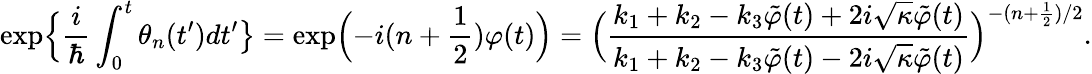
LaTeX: \exp\Bigl\{ \frac{i}{\hbar}\int_{0}^{t}\theta_{n}(t^{\prime})dt^{\prime}\bigr\} =\exp\Bigl(-i(n+\frac{1}{2})\varphi(t)\Bigr)=\Bigl(\frac{k_{1}+k_{2}-k_{3}\tilde{\varphi}(t)+2i\sqrt{\kappa}\tilde{\varphi}(t)}{k_{1}+k_{2}-k_{3}\tilde{\varphi}(t)-2i\sqrt{\kappa}\tilde{\varphi}(t)}\Bigr)^{-(n+\frac{1}{2})/2}.